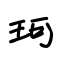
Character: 珂